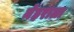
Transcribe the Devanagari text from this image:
मेहराला